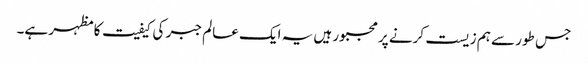
جس طور سے ہم زیست کرنے پر مجبور ہیں یہ ایک عالم جبر کی کیفیت کا مظہر ہے۔